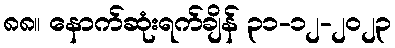
၈၈။ နောက်ဆုံးရက်ချိန် ၃၁-၁၂-၂၀၂၃